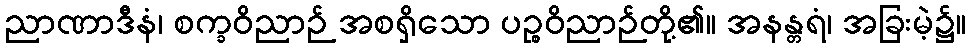
ညာဏာဒီနံ၊ စက္ခဝိညာဉ် အစရှိသော ပဉ္စဝိညာဉ်တို့၏။ အနန္တရံ၊ အခြးမဲ့၌။